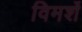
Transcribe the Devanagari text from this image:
विमर्शे